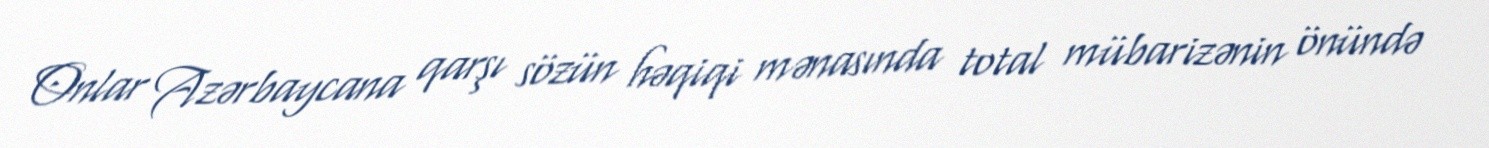
Onlar Azərbaycana qarşı sözün həqiqi mənasında total mübarizənin önündə